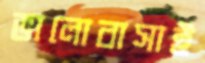
ভালোবাসাই